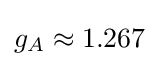
g_{A}\approx 1.267